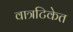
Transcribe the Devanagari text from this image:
वात्रटिकेत